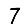
Digit: 7